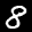
Label: 8